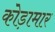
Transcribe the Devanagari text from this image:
कोड़ामार